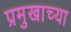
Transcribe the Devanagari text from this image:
प्रमुखाच्या